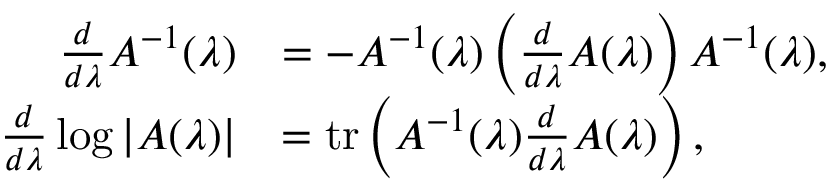
\begin{array} { r l } { \frac { d } { d \lambda } A ^ { - 1 } ( \lambda ) } & { = - A ^ { - 1 } ( \lambda ) \left( \frac { d } { d \lambda } A ( \lambda ) \right) A ^ { - 1 } ( \lambda ) , } \\ { \frac { d } { d \lambda } \log | A ( \lambda ) | } & { = \mathrm { t r } \left( A ^ { - 1 } ( \lambda ) \frac { d } { d \lambda } A ( \lambda ) \right) , } \end{array}